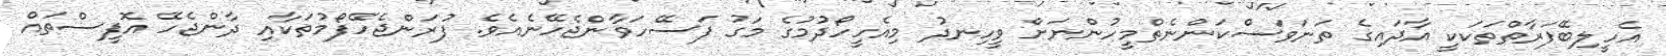
އެހީލިބޭފަރާތްތަކަކީ އާދައިގެ ތަނަވަސްކަންނެތްމީހުންނަށް ވީހިނދު މިއެހީހޯދުމުގެ މަގު ފަސޭހަވާންޖެހޭނެއެވެ. ފުރަންޖެހޭފޯމުތަކާއި ދާންޖެހޭ އޮފީސްތައް